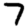
Digit: 7